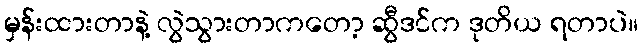
မှန်းထားတာနဲ့ လွဲသွားတာကတော့ ဆွီဒင်က ဒုတိယ ရတာပဲ။